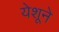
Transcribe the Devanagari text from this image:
येशूने